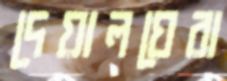
দেয়ালঘেরা